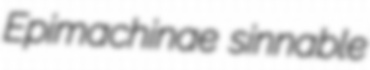
Epimachinae sinnable